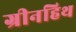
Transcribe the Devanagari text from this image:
ग्रीनहिथ